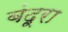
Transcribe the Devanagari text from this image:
बंदूरा